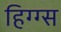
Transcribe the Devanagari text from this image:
हिग्ग्स